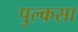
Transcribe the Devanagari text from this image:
पुल्कसा